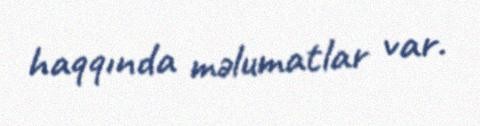
haqqında məlumatlar var.